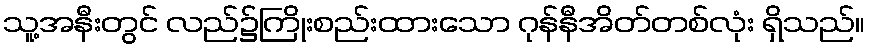
သူ့အနီးတွင် လည်၌ကြိုးစည်းထားသော ဂုန်နီအိတ်တစ်လုံး ရှိသည်။